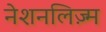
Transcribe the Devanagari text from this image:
नेशनलिज़्म